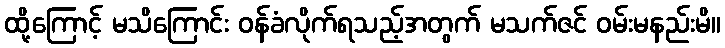
ထို့ကြောင့် မသိကြောင်း ဝန်ခံလိုက်ရသည့်အတွက် မသက်ဇင် ဝမ်းမနည်းမိ။